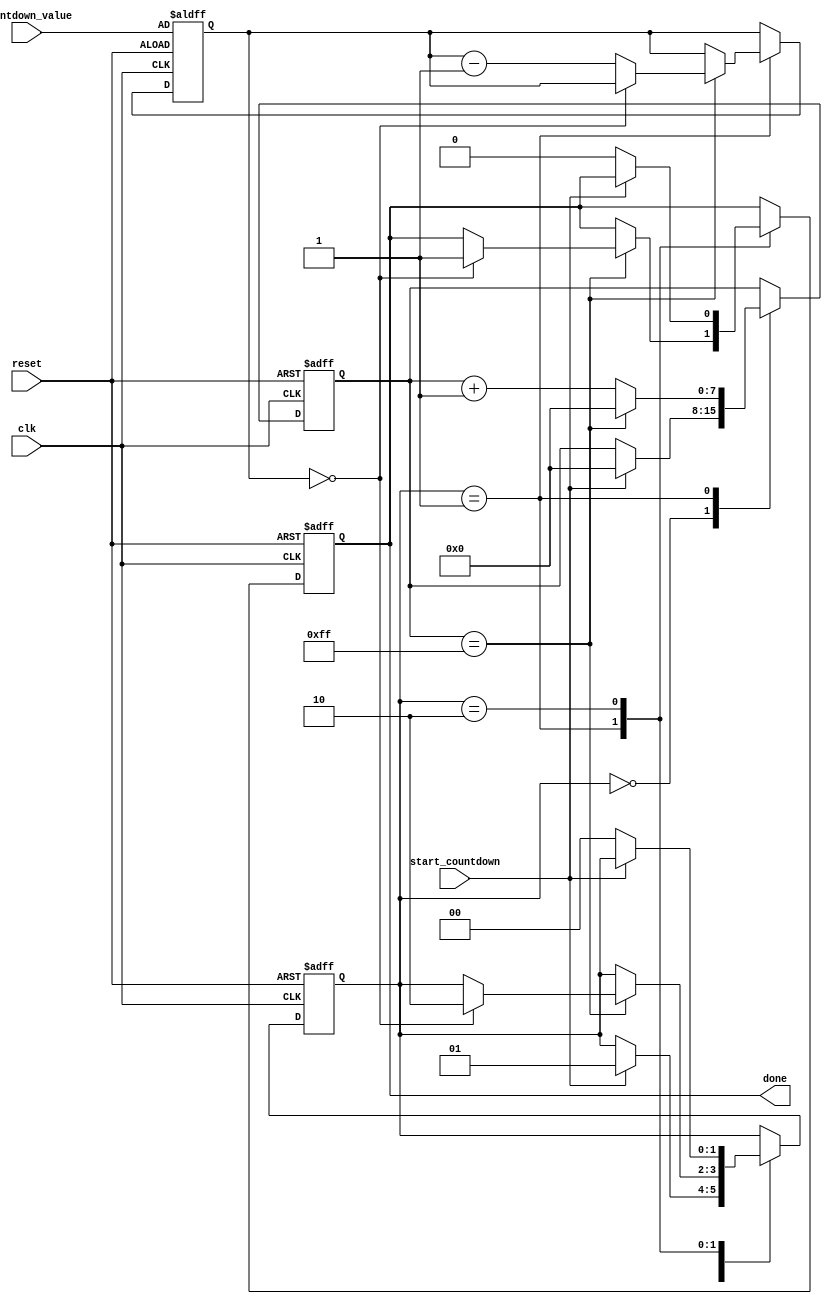
module countdown_timer (
    input wire clk,
    input wire reset,
    input wire start_countdown,
    input wire [7:0] countdown_value,
    output reg done
);

reg [7:0] countdown_reg;
reg [1:0] state;
reg [7:0] counter;

always @(posedge clk or posedge reset) begin
    if (reset) begin
        state <= 2'b00;
        counter <= 8'b0;
        countdown_reg <= countdown_value;
        done <= 1'b0;
    end else begin
        case(state)
            2'b00: begin //idle state
                if (start_countdown) begin
                    state <= 2'b01;
                    counter <= 8'b0;
                end
            end
            2'b01: begin //counting down state
                if (counter == 8'd255) begin
                    counter <= 8'b0;
                    if (countdown_reg == 8'h00) begin
                        state <= 2'b10;
                        done <= 1'b1;
                    end else begin
                        countdown_reg <= countdown_reg - 1;
                    end
                end else begin
                    counter <= counter + 1;
                end
            end
            2'b10: begin //done state
                if (!start_countdown) begin
                    state <= 2'b00;
                    done <= 1'b0;
                end
            end
        endcase
    end
end

endmodule